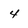
Character: 4